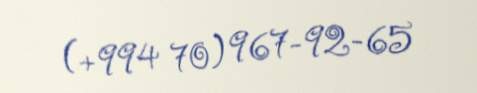
(+994 70) 967-92-65